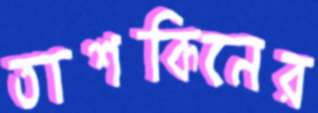
তাশকিনের